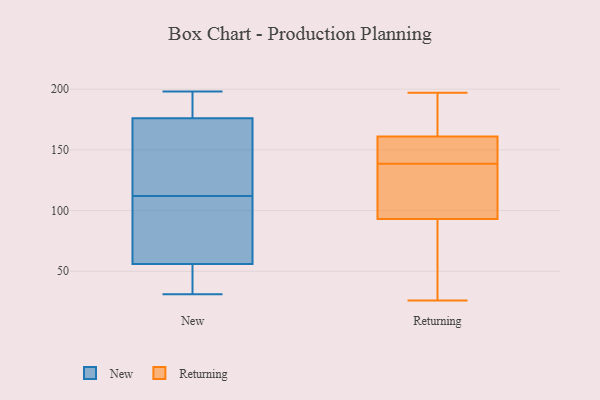
{"axis": {"x": "Headcount", "y": "Value"}, "legend": ["New", "Returning"], "data": [{"x": "", "y": 170, "type": "New"}, {"x": "", "y": 179, "type": "New"}, {"x": "", "y": 84, "type": "New"}, {"x": "", "y": 198, "type": "New"}, {"x": "", "y": 189, "type": "New"}, {"x": "", "y": 37, "type": "New"}, {"x": "", "y": 65, "type": "New"}, {"x": "", "y": 176, "type": "New"}, {"x": "", "y": 31, "type": "New"}, {"x": "", "y": 152, "type": "New"}, {"x": "", "y": 90, "type": "New"}, {"x": "", "y": 34, "type": "New"}, {"x": "", "y": 134, "type": "New"}, {"x": "", "y": 56, "type": "New"}, {"x": "", "y": 197, "type": "Returning"}, {"x": "", "y": 93, "type": "Returning"}, {"x": "", "y": 108, "type": "Returning"}, {"x": "", "y": 144, "type": "Returning"}, {"x": "", "y": 152, "type": "Returning"}, {"x": "", "y": 26, "type": "Returning"}, {"x": "", "y": 134, "type": "Returning"}, {"x": "", "y": 161, "type": "Returning"}, {"x": "", "y": 188, "type": "Returning"}, {"x": "", "y": 48, "type": "Returning"}, {"x": "", "y": 180, "type": "Returning"}, {"x": "", "y": 62, "type": "Returning"}, {"x": "", "y": 143, "type": "Returning"}, {"x": "", "y": 125, "type": "Returning"}]}